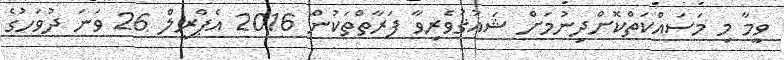
ވީމާ މި މަސައްކަތްކޮށްދިނުމަށް ޝައުޤުވެރިވާ ފަރާތްތަކުން 2016 އެޕްރީލް 26 ވަނަ ދުވަހުގެ